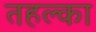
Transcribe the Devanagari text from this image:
तहल्‍का